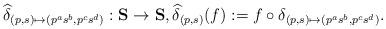
LaTeX: \begin{align*}\widehat\delta_{(p,s)\mapsto(p^as^b,p^cs^d)}:\mathbf S\rightarrow\mathbf S,\widehat\delta_{(p,s)}(f):=f\circ \delta_{(p,s)\mapsto(p^as^b,p^cs^d)}.\end{align*}